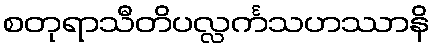
စတုရာသီတိပလ္လင်္ကသဟဿာနိ